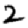
Digit: 2